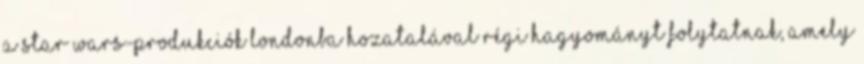
a Star Wars-produkciók Londonba hozatalával régi hagyományt folytatnak, amely